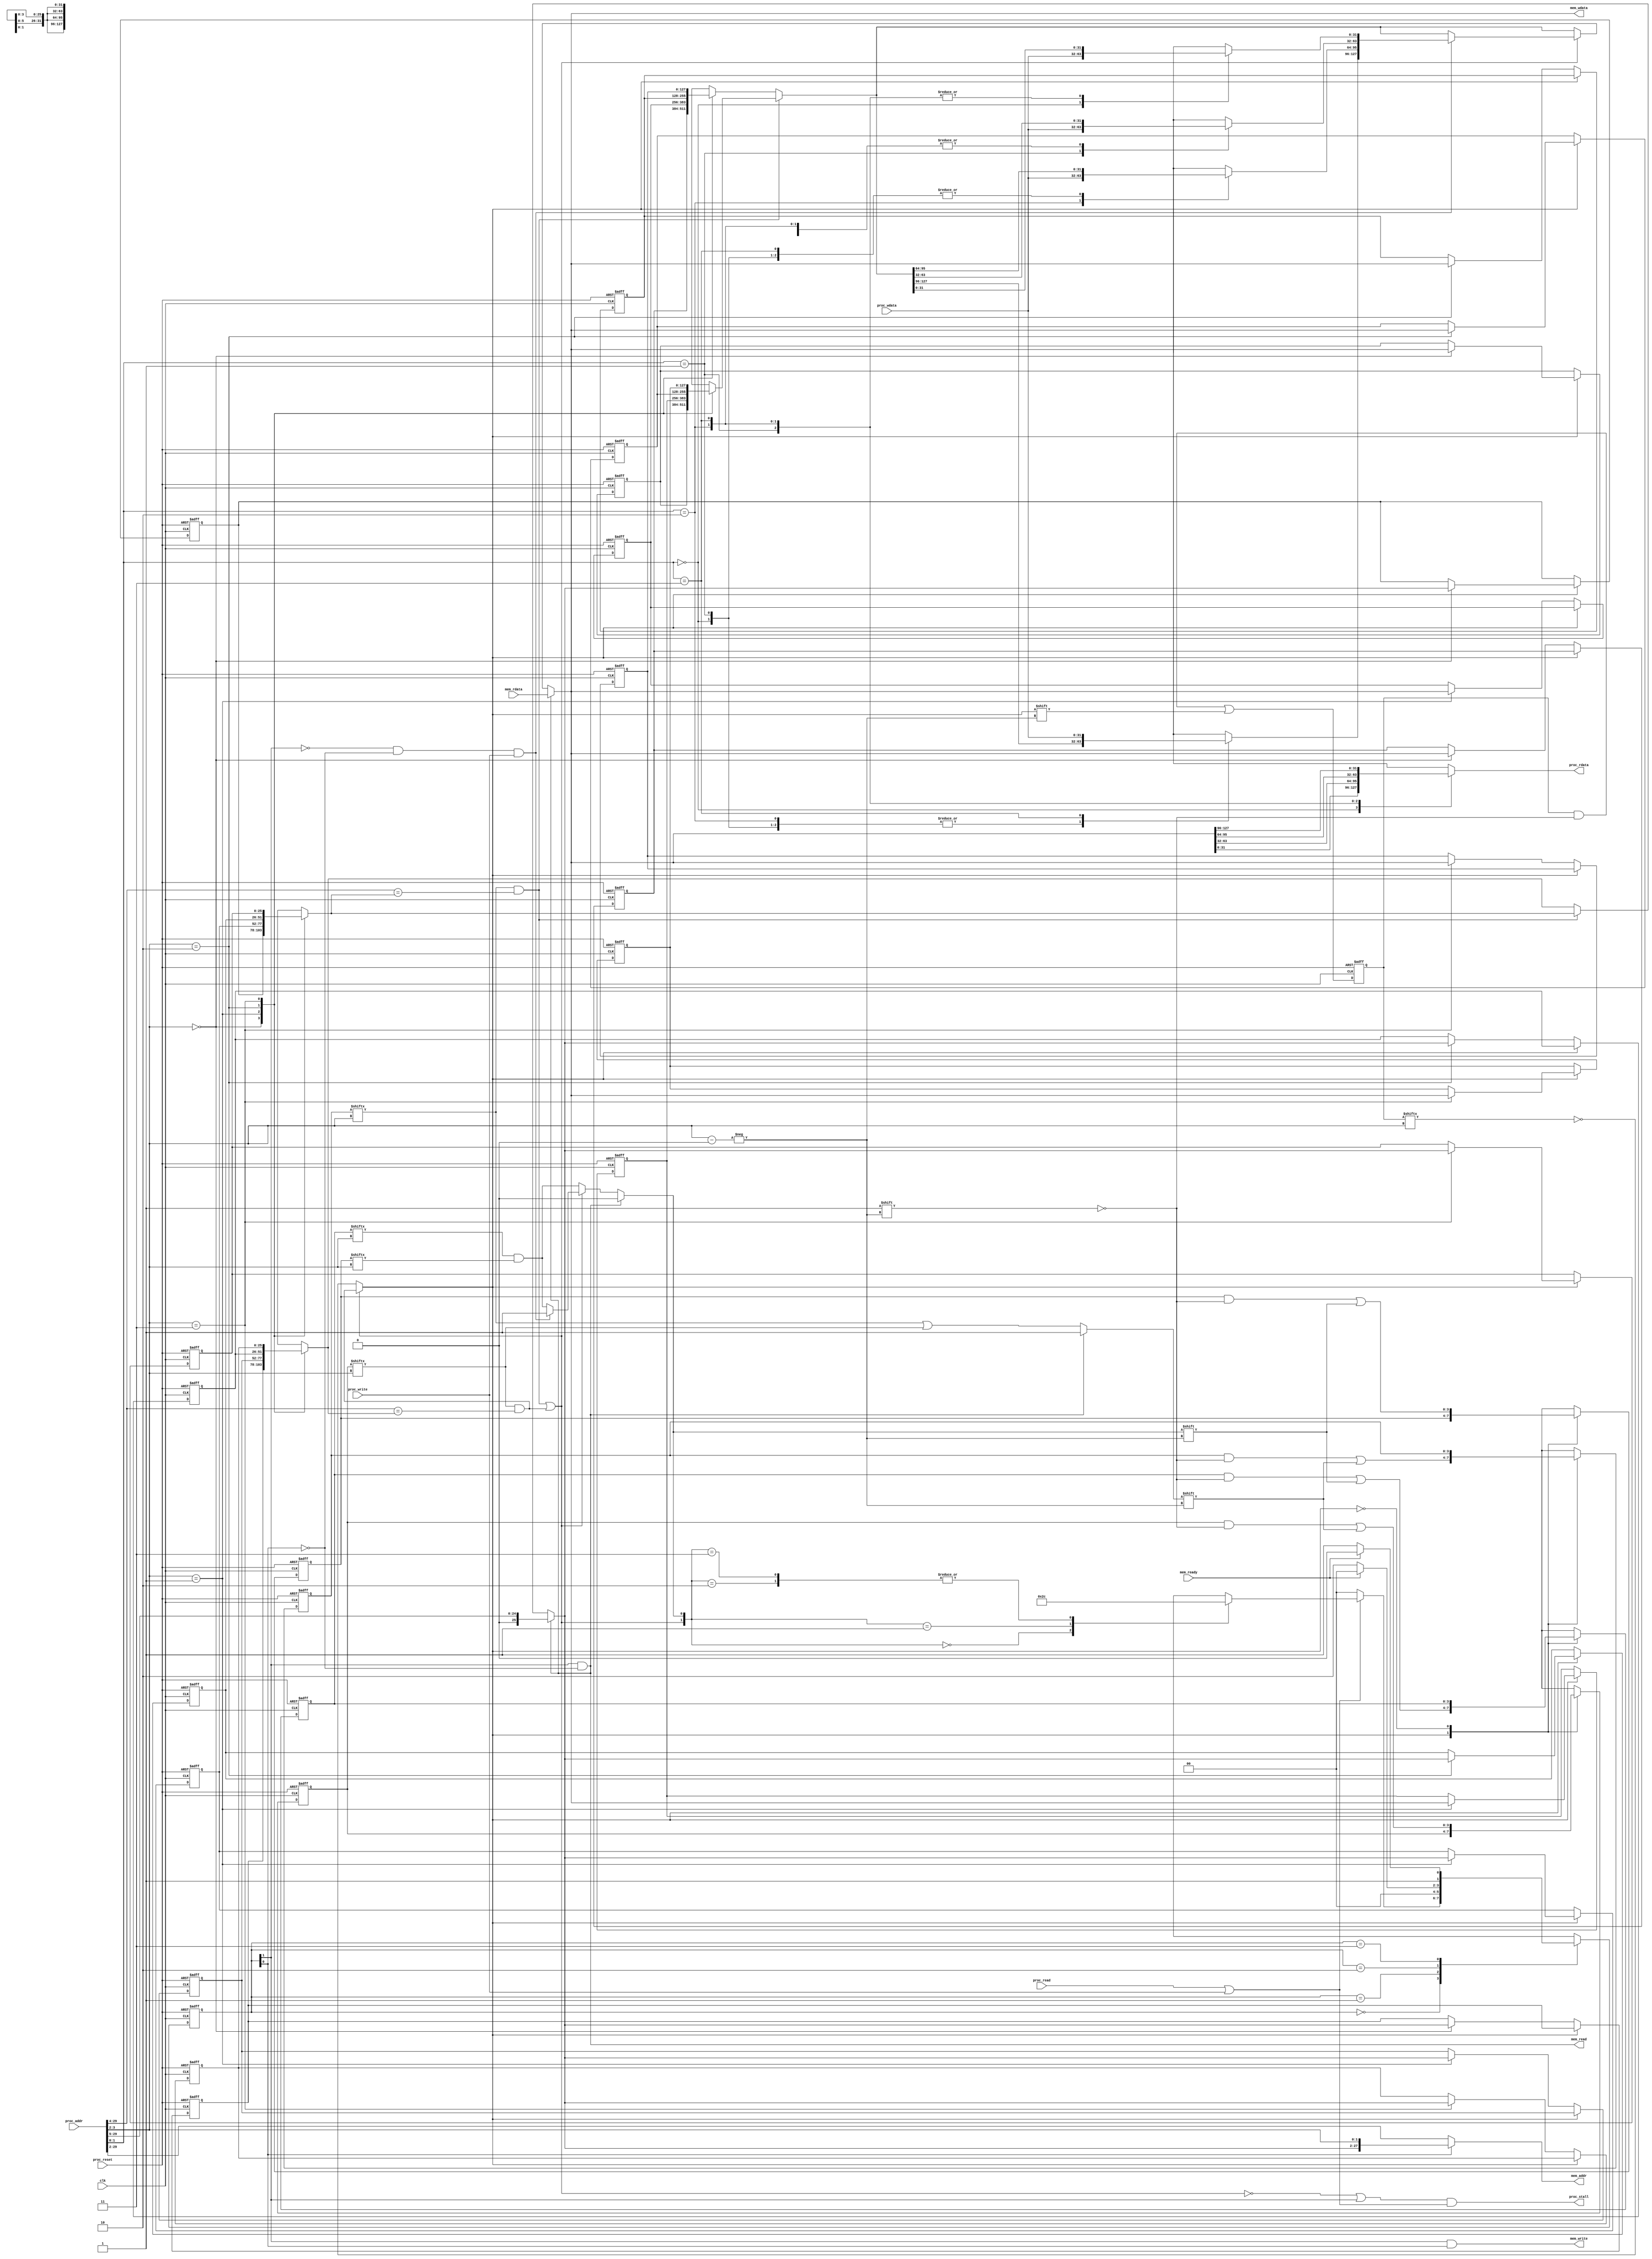
module L1cache(
    clk,
    proc_reset,
    proc_read,
    proc_write,
    proc_addr,
    proc_wdata,
    proc_stall,
    proc_rdata,
    mem_read,
    mem_write,
    mem_addr,
    mem_rdata,
    mem_wdata,
    mem_ready
);	// output improvement
    
    // TODO: by jade

	//parameter BLOCK_SIZE = 128;
	//parameter TAG_SIZE = 25;

	//parameter BLOCK_NUM = 8;
//==== input/output definition ============================
    input          clk;
    // processor interface
    input          proc_reset;
    input          proc_read, proc_write;
    input   [29:0] proc_addr;
    input   [31:0] proc_wdata;
    output         proc_stall;
    output reg [31:0] proc_rdata;
    // memory interface
    input  [127:0] mem_rdata;
    input          mem_ready;
    output 	       mem_read, mem_write;
    output  [27:0] mem_addr;
    output  [127:0] mem_wdata;
    
//==== wire/reg definition ================================

	reg [127:0] block;
	reg [127:0] block_save_a [3:0];
    reg [127:0] block_save_b [3:0];
	reg [3:0] valid_save_a,dirty_save_a,valid_save_b,dirty_save_b;
	reg valid,dirty;
	reg [25:0] tag;
	reg [25:0] tag_save_a [3:0];
	reg [25:0] tag_save_b [3:0];
    reg lru;
    reg [3:0] lru_save;

	reg [1:0] state, next_state;

	wire [1:0] index;
	wire hit;
    wire choose_a, choose_b;

	integer i;
	integer counter, next_counter, miss, next_miss;    


    
//==== combinational circuit ==============================


	assign index = proc_addr[3:2];
	assign hit = (choose_a || choose_b);
    assign choose_a = valid_save_a[index] && (proc_addr[29:4] == tag_save_a[index]);
    assign choose_b = valid_save_b[index] && (proc_addr[29:4] == tag_save_b[index]);

	always @(*) begin	//FSM
	next_counter = counter;
	next_miss = miss;
		case(state) 
			2'b00:begin 	//Read or Write
				if((proc_read||proc_write)) begin
					next_counter = counter +1;
					case({hit,dirty})
					2'b00: begin next_state = 2'b10; next_miss = miss +1; end
					2'b01: begin next_state = 2'b11; next_miss = miss +1;end
					2'b10: begin next_state = 2'b00; next_miss = miss;end
					2'b11: begin next_state = 2'b00; next_miss = miss;end
					endcase
				end
				else begin
					next_counter = counter;
					next_miss = miss;
					next_state = 2'b00;
				end
			end

			2'b01:begin //Never 
				next_counter = counter;
				next_miss = miss;
				next_state = 2'b00;
			end

			2'b10:begin	//Write 4-word data from memory to cache
			next_counter = counter;
				next_miss = miss;
				if(mem_ready) begin
					next_state = 2'b00;
				end
				else begin
					next_state = 2'b10;
				end
			end
			2'b11:begin	//Write back
			next_counter = counter;
	next_miss = miss;
				if(mem_ready) begin
					next_state = 2'b10;
				end
				else begin
					next_state = 2'b11;
				end
			end
		endcase
	end

    always @(*) begin //for lru algorithm(optimal)
        // TODO
        if(hit) begin
            lru = choose_b;
        end
        else begin
            lru = ~lru_save[index];
        end
    end

	always @(*) begin //for output
		case(proc_addr[1:0])
			2'd0: proc_rdata = block[31:0];
			2'd1: proc_rdata = block[63:32];
			2'd2: proc_rdata = block[95:64];
			2'd3: proc_rdata = block[127:96];
		endcase
	end

	assign proc_stall = (~hit || state[1]) && (proc_read||proc_write);
	assign mem_wdata = block;
	assign mem_addr = state[0] ? {tag, index}:proc_addr[29:2];
	assign mem_read = state[1] && ~state[0];
	assign mem_write = state[1] && state [0];


	always @(*)begin	//to write data to cache
			valid = valid_save_a[index] || valid_save_b[index];
            dirty = dirty_save_a[index] && dirty_save_b[index];
			block = (choose_a) ? block_save_a[index] : block_save_b[index];
			tag = (choose_a) ? tag_save_a[index] : tag_save_b[index];

			if(hit) begin
				if(~state[1] && ~state[0] && proc_write) begin
					dirty = 1'b1;
					case(proc_addr[1:0])
					2'd0: block[31:0] = proc_wdata; 
					2'd1: block[63:32] = proc_wdata; 
					2'd2: block[95:64] = proc_wdata; 
					2'd3: block[127:96] = proc_wdata; 
					endcase
				end
			end
		

			if(state[1] && ~state[0]) begin
			valid = 1'b1;
			tag = proc_addr[29:5];
			dirty = 1'b0;
			block = mem_rdata;
			end
	end

//==== sequential circuit =================================
	always@( posedge clk or posedge proc_reset ) begin
	    if( proc_reset ) begin
	    	state <= 2'b00;
			valid_save_a <= 4'b0;
			dirty_save_a <= 4'b0;
			valid_save_b <= 4'b0;
			dirty_save_b <= 4'b0;
            lru_save <= 4'b0;
			miss <= 0;
			counter <= 0;

			for(i = 0; i <4; i = i+1) begin
			tag_save_a[i] <= 26'b0;  
			block_save_a[i] <= 128'b0;
			tag_save_b[i] <= 26'b0;  
			block_save_b[i] <= 128'b0;
			end
		end
	    else begin
	    	state <= next_state;
	    	miss <= next_miss;
	    	counter <= next_counter;
            lru_save[index] <= lru;
            case(~lru)
                1'b0: begin
                    valid_save_a[index] <= valid;
                    dirty_save_a[index] <= dirty;
                    tag_save_a[index] <= tag;
                    block_save_a[index] <= block;
                end
                1'b1: begin
                    valid_save_b[index] <= valid;
                    dirty_save_b[index] <= dirty;
                    tag_save_b[index] <= tag;
                    block_save_b[index] <= block;
                end
            endcase
	    end
	end


endmodule